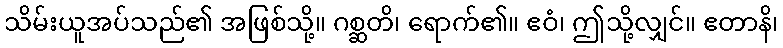
သိမ်းယူအပ်သည်၏ အဖြစ်သို့။ ဂစ္ဆတိ၊ ရောက်၏။ ဧဝံ၊ ဤသို့လျှင်။ ဧတာနိ၊